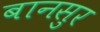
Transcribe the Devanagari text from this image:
बानसुर